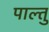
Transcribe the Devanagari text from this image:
पाल्तु